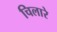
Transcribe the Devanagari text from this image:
चिलारे